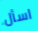
اسأل